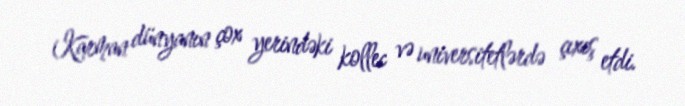
Karman dünyanın çox yerindəki kollec və universitetlərdə çıxış etdi.